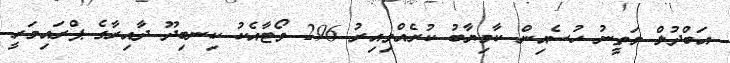
އަބްދުލް މަތީނު ހުސެއިން ކާމިޔާބު ކުރެއްވިއިރު 296 ވޯޓާއެކު ކިނބިދޫ ދާއިރާގެ ޕްރައިމަރީ